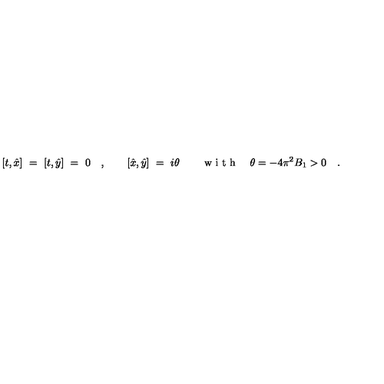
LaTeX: [ t , \hat { x } ] \ = \ [ t , \hat { y } ] \ = \ 0 \quad , \qquad [ \hat { x } , \hat { y } ] \ = \ i \theta \qquad \textrm { w i t h } \quad \theta = - 4 \pi ^ { 2 } B _ { 1 } > 0 \quad .